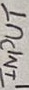
Text: INPUT